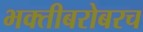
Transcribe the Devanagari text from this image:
भक्तीबरोबरच